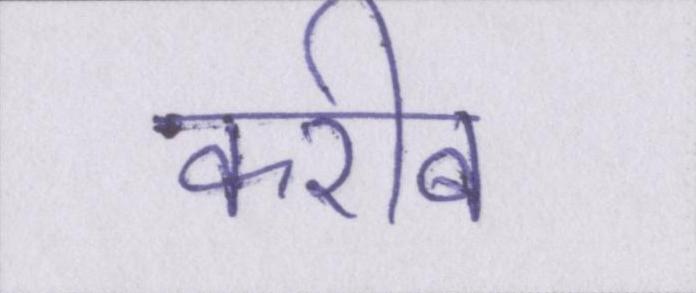
करीब